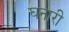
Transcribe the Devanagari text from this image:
घनारी